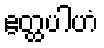
ဧတ္ထပါဟံ